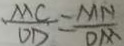
\frac { M C } { O D } = \frac { M N } { D M }